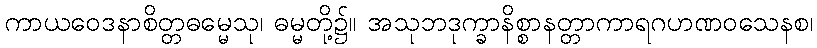
ကာယဝေဒနာစိတ္တဓမ္မေသု၊ ဓမ္မတို့၌။ အသုဘဒုက္ခာနိစ္စာနတ္တာကာရဂဟဏဝသေနစ၊